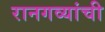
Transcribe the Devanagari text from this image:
रानगव्यांची